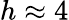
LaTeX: h\approx 4